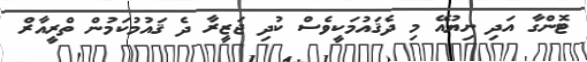
ޓޮންގާ އަދި ނިޔުއޭ މި ދެޤައުމަކީވެސް ކުދި ޖަޒީރާ ދެ ޤައުމުކަމުން ތްރީއާރް